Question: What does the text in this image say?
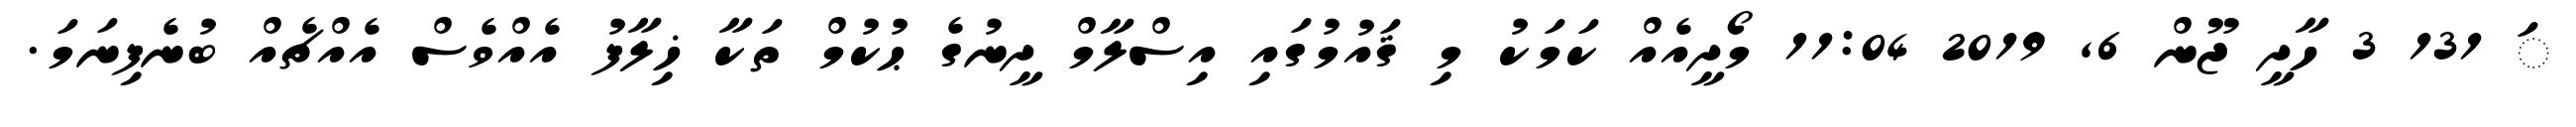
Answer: ަ 131 3 ހާދީ ޖޫން 6, 2019 11:04 މޯދީއެއް ކަމަކު މި ޤައުމުގައި އިސްލާމް ދީނުގެ ޙުކުމް ތަކާ ޚިލާފު އެއްވެސް އެއްޗެއް ބުނެފިނަމަ.